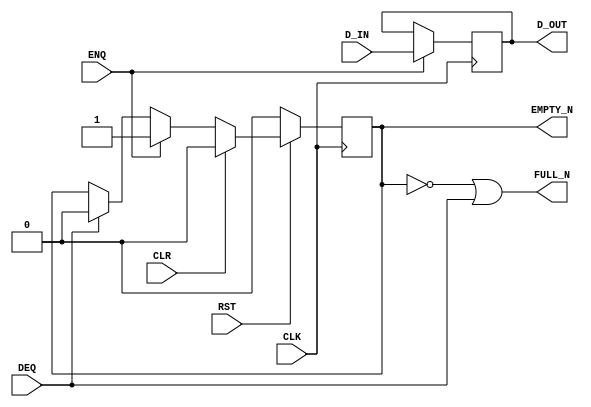

`ifdef BSV_ASSIGNMENT_DELAY
`else
  `define BSV_ASSIGNMENT_DELAY
`endif

`ifdef BSV_POSITIVE_RESET
  `define BSV_RESET_VALUE 1'b1
  `define BSV_RESET_EDGE posedge
`else
  `define BSV_RESET_VALUE 1'b0
  `define BSV_RESET_EDGE negedge
`endif

`ifdef BSV_ASYNC_RESET
 `define BSV_ARESET_EDGE_META or `BSV_RESET_EDGE RST
`else
 `define BSV_ARESET_EDGE_META
`endif

`ifdef BSV_RESET_FIFO_HEAD
 `define BSV_ARESET_EDGE_HEAD `BSV_ARESET_EDGE_META
`else
 `define BSV_ARESET_EDGE_HEAD
`endif

// Depth 1 FIFO
// Allows simultaneous ENQ and DEQ (at the expense of potentially
// causing combinational loops).
module FIFOL1(CLK,
              RST,
              D_IN,
              ENQ,
              FULL_N,
              D_OUT,
              DEQ,
              EMPTY_N,
              CLR);

   parameter             width = 1;

   input                 CLK;
   input                 RST;

   input [width - 1 : 0] D_IN;
   input                 ENQ;
   input                 DEQ;
   input                 CLR ;

   output                FULL_N;
   output                 EMPTY_N;
   output [width - 1 : 0] D_OUT;



   reg                    empty_reg ;
   reg [width - 1 : 0]    D_OUT;

`ifdef BSV_NO_INITIAL_BLOCKS
`else // not BSV_NO_INITIAL_BLOCKS
   // synopsys translate_off
   initial
     begin
        D_OUT     <= `BSV_ASSIGNMENT_DELAY {((width + 1)/2) {2'b10}} ;
        empty_reg <= `BSV_ASSIGNMENT_DELAY 1'b0;
     end // initial begin
   // synopsys translate_on
`endif // BSV_NO_INITIAL_BLOCKS


   assign FULL_N = !empty_reg || DEQ;
   assign EMPTY_N = empty_reg ;

   always@(posedge CLK `BSV_ARESET_EDGE_META)
     begin
        if (RST == `BSV_RESET_VALUE)
           begin
             empty_reg <= `BSV_ASSIGNMENT_DELAY 1'b0;
           end
        else
           begin
              if (CLR)
                begin
                   empty_reg <= `BSV_ASSIGNMENT_DELAY 1'b0;
                end
              else if (ENQ)
                begin
                   empty_reg <= `BSV_ASSIGNMENT_DELAY 1'b1;
                end
              else if (DEQ)
                begin
                   empty_reg <= `BSV_ASSIGNMENT_DELAY 1'b0;
                end // if (DEQ)
           end // else: !if(RST == `BSV_RESET_VALUE)
     end // always@ (posedge CLK or `BSV_RESET_EDGE RST)

   always@(posedge CLK `BSV_ARESET_EDGE_HEAD)
     begin
`ifdef BSV_RESET_FIFO_HEAD
        if (RST == `BSV_RESET_VALUE)
          begin
             D_OUT <= `BSV_ASSIGNMENT_DELAY {width {1'b0}} ;
          end
        else
`endif
          begin
              if (ENQ)
                D_OUT     <= `BSV_ASSIGNMENT_DELAY D_IN;
           end // else: !if(RST == `BSV_RESET_VALUE)
     end // always@ (posedge CLK or `BSV_RESET_EDGE RST)

   // synopsys translate_off
   always@(posedge CLK)
     begin: error_checks
        reg deqerror, enqerror ;

        deqerror =  0;
        enqerror = 0;
        if ( ! empty_reg && DEQ )
          begin
             deqerror = 1 ;
             $display( "Warning: FIFOL1: %m -- Dequeuing from empty fifo" ) ;
          end
        if ( ! FULL_N && ENQ && ! DEQ)
          begin
             enqerror =  1 ;
             $display( "Warning: FIFOL1: %m -- Enqueuing to a full fifo" ) ;
          end
     end
   // synopsys translate_on

endmodule